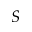
S